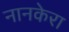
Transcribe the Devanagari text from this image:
नानकेरा